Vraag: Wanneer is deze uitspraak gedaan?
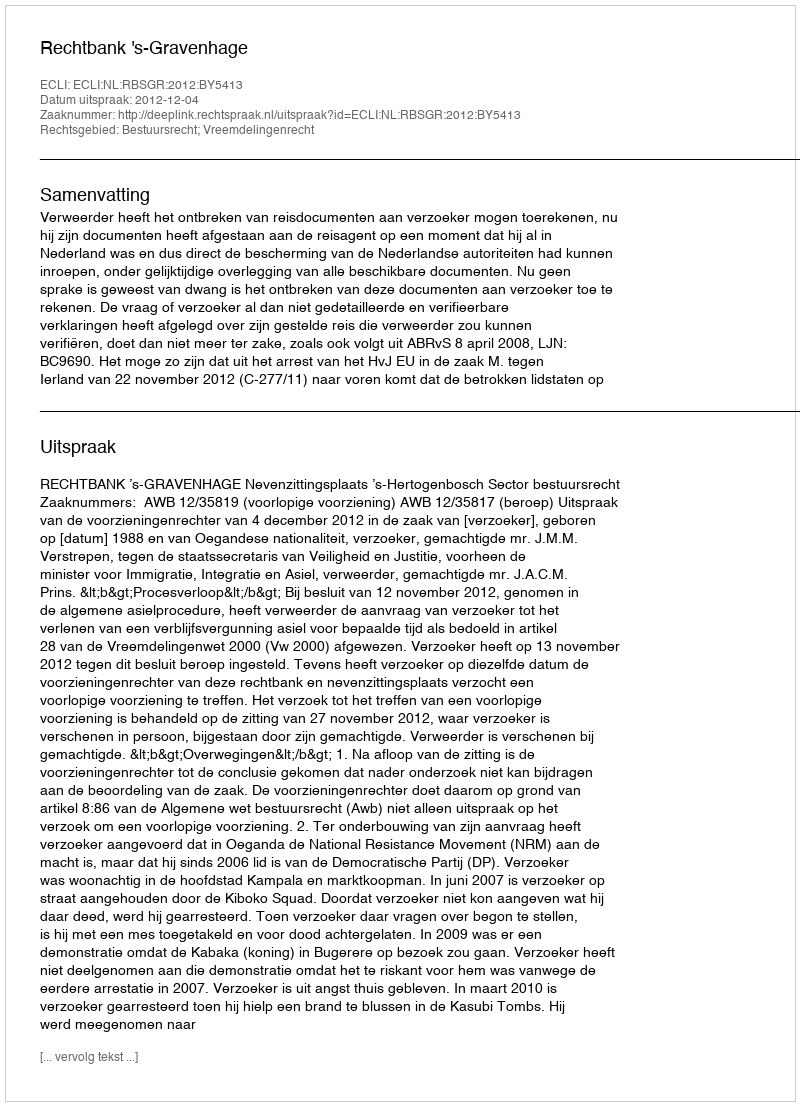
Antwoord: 2012-12-04